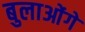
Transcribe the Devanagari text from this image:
बुलाओंगे